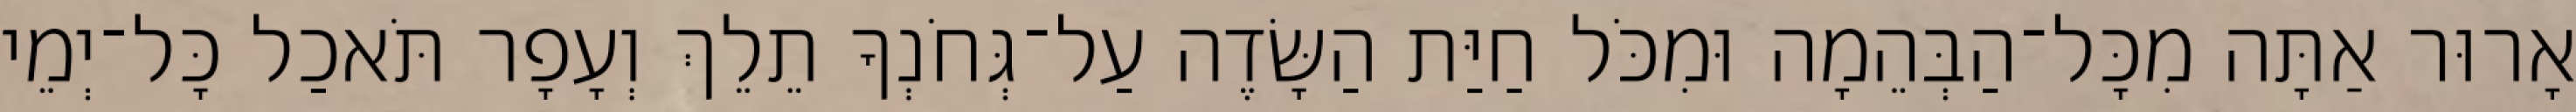
אָרוּר אַתָּה מִכָּל־הַבְּהֵמָה וּמִכֹּל חַיַּת הַשָּׂדֶה עַל־גְּחֹנְךָ תֵלֵךְ וְעָפָר תֹּאכַל כָּל־יְמֵי